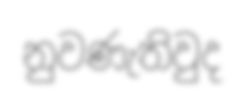
නුවණැතිවුද